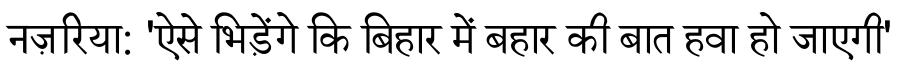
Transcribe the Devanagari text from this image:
नज़रिया: 'ऐसे भिड़ेंगे कि बिहार में बहार की बात हवा हो जाएगी'